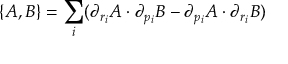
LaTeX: \{ A , B \} = \sum _ { i } ( \partial _ { r _ { i } } A \cdot \partial _ { p _ { i } } B - \partial _ { p _ { i } } A \cdot \partial _ { r _ { i } } B )